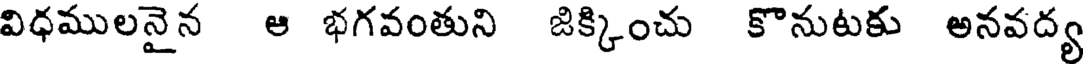
విధములనైన ఆ భగవంతుని జిక్కించు కొనుటకు అనవద్య